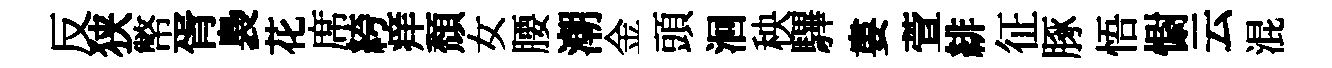
反狭幣胥裊花席絝痒頹女腰潮金頭洄秧驆婁萱緋征䐁悟𢠢云混